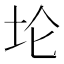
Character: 𫭢